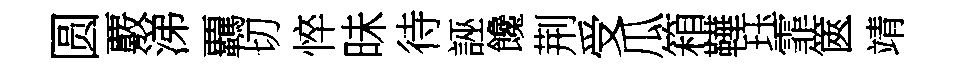
圆覈涕覊切悴昧待誣饞荆受瓜箱鞾珏霏篋靖